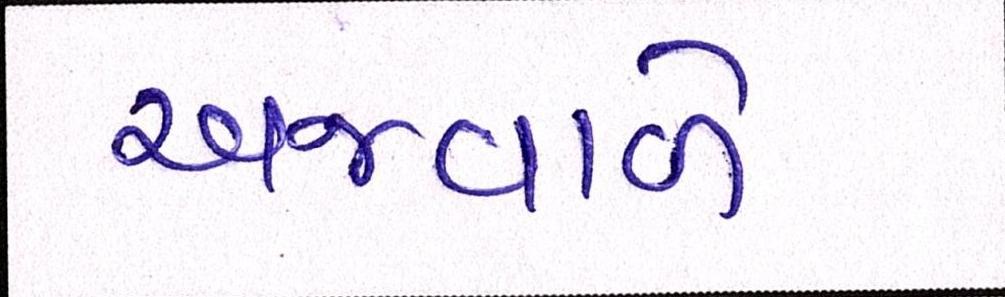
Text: અજવાળે